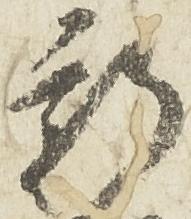
新